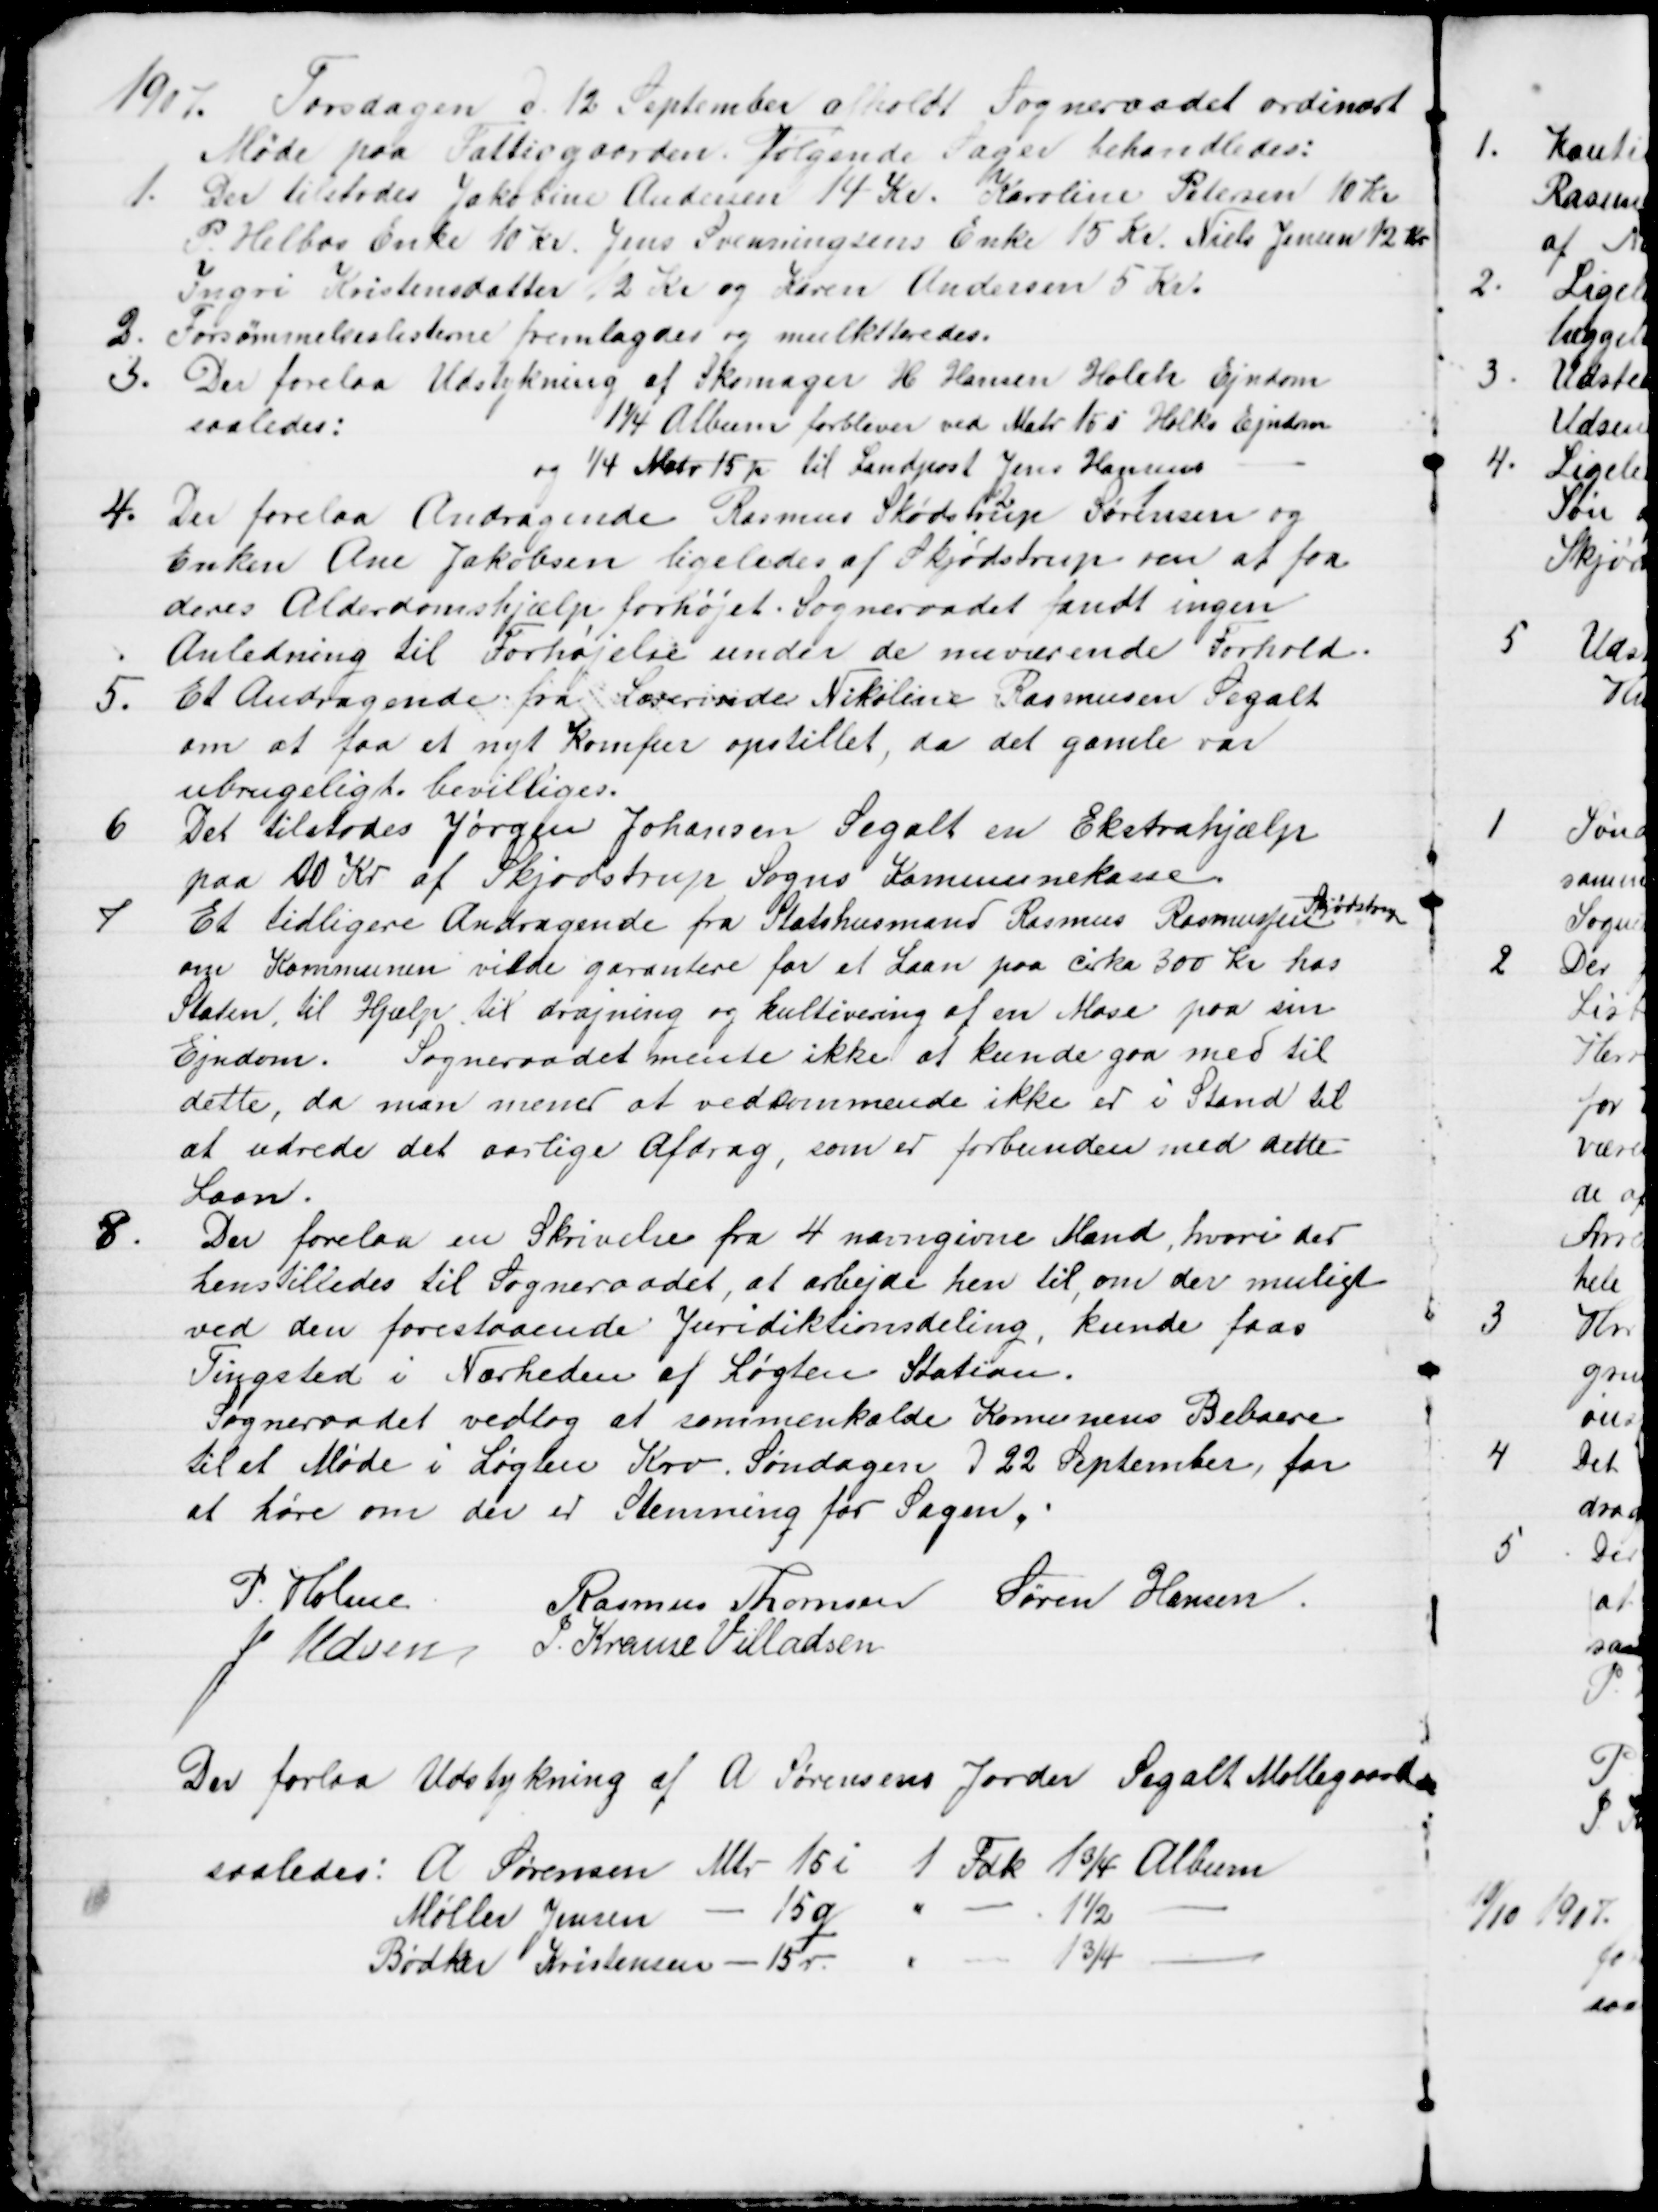
Transskription:
1907. Torsdagen d. 12 September afholdt Sogneraadet ordinært 
Møde paa Fattiggaarden, følgende Sager behandledes:
1. Der tilstodes Jakobine Andersen 14 Kr. Karoline Petersen 10 Kr
P. Helbos Enke 10 Kr. Jens Svenningsens Enke 15 Kr. Niels Jensen 12 kr
Ingri Kristensdatter 12 Kr og Karen Andersen 5 Kr.
2.
Forsømmelseslisterne fremlagdes og mulktteredes.
3.
Der forelaa Udstykning af Skomager H Hansen Holch Ejendom
saaledes:
1¼ Album forbliver ved Matr 15i Holks Ejendom
og ¼ Matr 15p til Landpost Jens Hansens
4.
Der forelaa Andragende Rasmus Skødstrup
2
Sørensen 
1
og
Enken Ane Jakobsen ligeledes af Skjødstrup om at faa
deres Alderdomshjælp forhøjet. Sogneraadet fandt ingen 
Anledning til Forhøjelse under de nuværende Forhold.
5.
Et Andragende fra Lærerinde Nikoline Rasmussen Segalt
om at faa et nyt Komfur opstillet, da det gamle var
ubrugeligt bevilliges.
6
Det tilstodes Jørgen Johansen Segalt en Ekstrahjælp
paa 20 Kr af Skjødstrup Sogns Kommunekasse.
7
Et tidligere Andragende fra Statshusmand Rasmus Rasmussen 
Skjødstrup
om Kommunen vilde garantere for et Laan paa cirka 300 Kr hos
Staten, til Hjælp til dræjning og kultivering af en Mose paa sin
Ejendom. Sogneraadet mente ikke at kunde gaa med til 
dette, da man mener at vedkommende ikke er i Stand til 
at udrede det aarlige Afdrag, som er forbunden med dette
Laan.
8.
Der forelaa en Skrivelse fra 4 navngivne Mænd, hvori der
henstilledes til Sogneraadet, at arbejde hen til, om der muligt
ved den forestaaende Juridiktionsdeling, kunde faas
Tingsted i Nærheden af Løgten Station.
Sogneraadet vedtog at sammenkalde Komunens Beboere
til et Møde i Løgten Kro. Søndagen d 22 September, for
at høre om der er Stemning for Sagen,
P. Holme
Rasmus Thomsen Søren Hansen
J. Udsen J. Krause Villadsen
Der forlaa Udstykning af A Sørensens Jorder Segalt Møllegaard
saaledes: A Sørensen Mtr 15i 1 Fdk 1¾ Album
Møller Jensen - 15q
1½
Bødker Kristensen - 15 r.
1¾